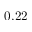
0 . 2 2